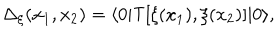
LaTeX: \Delta _ { \xi } ( x _ { 1 } , x _ { 2 } ) = \langle 0 | { \sf T } [ \xi ( x _ { 1 } ) , \xi ( x _ { 2 } ) ] | 0 \rangle ,